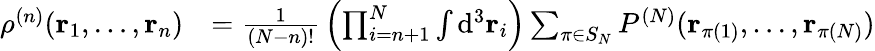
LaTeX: {\begin{array}{rl}{\rho^{(n)}(\mathbf{r}_{1},\ldots,\mathbf{r}_{n})}&{={\frac{1}{(N-n)!}}\left(\prod_{i=n+1}^{N}\int\mathrm{d}^{3}\mathbf{r}_{i}\right)\sum_{\pi\in S_{N}}P^{(N)}(\mathbf{r}_{\pi(1)},\ldots,\mathbf{r}_{\pi(N)})}\end{array}}